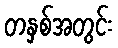
တနှစ်အတွင်း